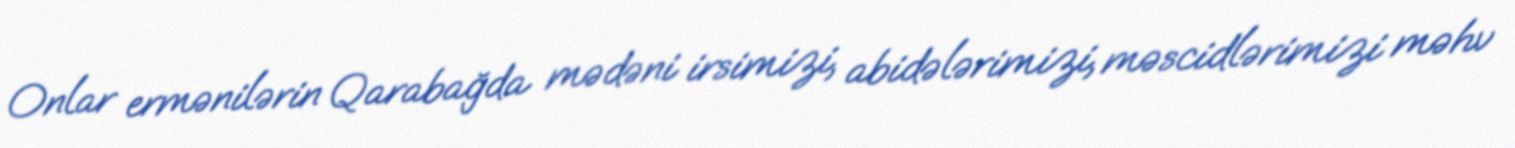
Onlar ermənilərin Qarabağda mədəni irsimizi, abidələrimizi, məscidlərimizi məhv